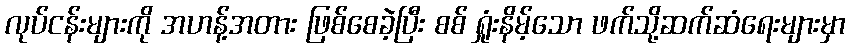
လုပ်ငန်းများကို အဟန့်အတား ဖြစ်စေခဲ့ပြီး စစ် ရှုံးနိမ့်သော ဖက်သို့ဆက်ဆံရေးများမှာ